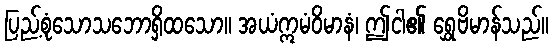
ပြည့်စုံသောသဘောရှိထသော။ အယံဣမံဝိမာနံ၊ ဤငါ၏ ရွှေဗိမာန်သည်။